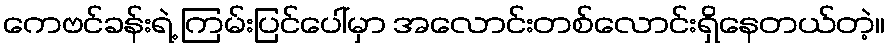
ကေဗင်ခန်းရဲ့ ကြမ်းပြင်ပေါ်မှာ အလောင်းတစ်လောင်းရှိနေတယ်တဲ့။